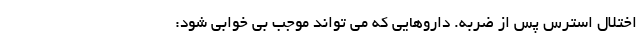
اختلال استرس پس از ضربه. داروهایی که می تواند موجب بی خوابی شود: